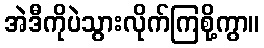
အဲဒီကိုပဲသွားလိုက်ကြစို့ကွာ။